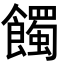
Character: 𩞾